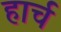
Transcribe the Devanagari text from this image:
हार्च